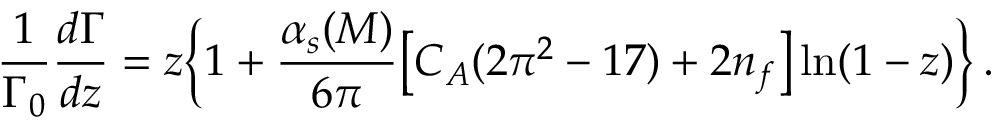
\frac { 1 } { \Gamma _ { 0 } } \frac { d \Gamma } { d z } = z \bigg \{ 1 + \frac { \alpha _ { s } ( M ) } { 6 \pi } \big [ C _ { A } ( 2 \pi ^ { 2 } - 1 7 ) + 2 n _ { f } \big ] \ln ( 1 - z ) \bigg \} \, .